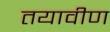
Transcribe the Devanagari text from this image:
तयावीण